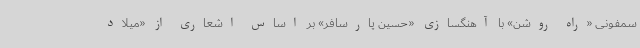
سمفونی «راه روشن» با آهنگسازی «حسین پارسافر» بر اساس اشعاری از «میلاد